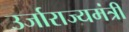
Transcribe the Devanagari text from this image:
उर्जाराज्यमंत्री